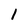
Character: 1